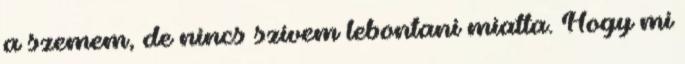
a szemem, de nincs szívem lebontani miatta. Hogy mi